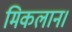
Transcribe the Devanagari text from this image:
मिकलान।